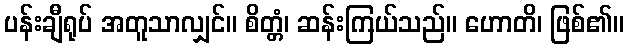
ပန်းချီရုပ် အတူသာလျှင်။ စိတ္တံ၊ ဆန်းကြယ်သည်။ ဟောတိ၊ ဖြစ်၏။